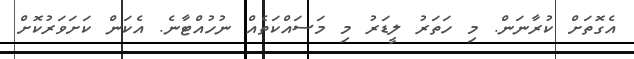
އެގޮތަށް ކުރާނަން. މި ހަތަރު ލީޑަރު މި މަސައްކަތެއް ނުހުއްޓާނެ. އެކަން ކަށަވަރުކޮށް